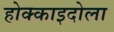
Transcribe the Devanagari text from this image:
होक्काइदोला